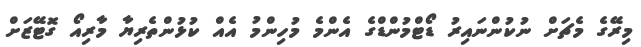
މިރޭގެ މެޗަށް ނުކުންނައިރު ޑޯޓްމުންޑްގެ އެންމެ މުހިންމު އެއް ކުޅުންތެރިޔާ މާރިއޯ ގޮޓޭޒަށް